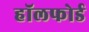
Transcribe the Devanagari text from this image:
हॉलफोर्ड